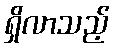
ရှိလာသည့်